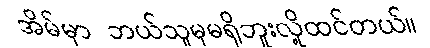
အိမ်မှာ ဘယ်သူမှမရှိဘူးလို့ထင်တယ်။